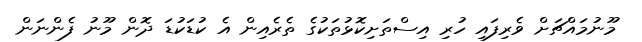
މޫނުމައްޗަށް ވެރިފައި ހުރި އިސްތަށިކޮޅުތަކުގެ ތެރެއިން އެ ކުޑަކުޑަ ދޮން މޫނު ފެންނަން